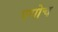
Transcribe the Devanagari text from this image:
पगोच